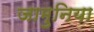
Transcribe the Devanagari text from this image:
जामुनिया